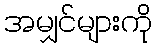
အမျှင်များကို